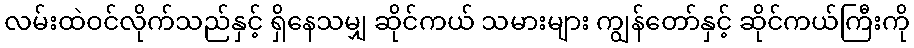
လမ်းထဲဝင်လိုက်သည်နှင့် ရှိနေသမျှ ဆိုင်ကယ် သမားများ ကျွန်တော်နှင့် ဆိုင်ကယ်ကြီးကို